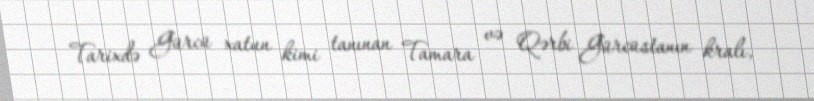
Tarixdə Gürcü xatun kimi tanınan Tamara və Qərbi Gürcüstanın kralı,